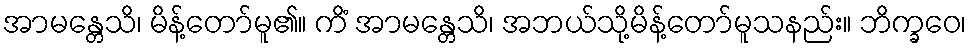
အာမန္တေသိ၊ မိန့်တော်မူ၏။ ကိံ အာမန္တေသိ၊ အဘယ်သို့မိန့်တော်မူသနည်း။ ဘိက္ခဝေ၊